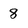
Character: 8